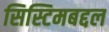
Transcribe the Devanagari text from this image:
सिस्टिमबद्दल